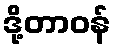
ဒို့တာဝန်